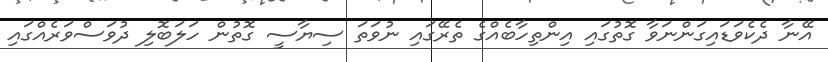
އޭނާ ދެކެވަޑައިގަންނަވާ ގޮތުގައި އިންތިހާބެއްގެ ތެރޭގައި ނުވަތަ ސިޔާސީ ގޮތުން ހަލަބޮލި ދުވަސްވަރެއްގައި